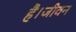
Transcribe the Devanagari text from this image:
है।जीवन